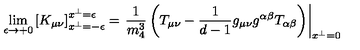
\lim _ { \epsilon \to + 0 } \left[ K _ { \mu \nu } \right] _ { x ^ { \perp } = - \epsilon } ^ { x ^ { \perp } = \epsilon } = \left. \frac { 1 } { m _ { 4 } ^ { 3 } } \left( T _ { \mu \nu } - \frac { 1 } { d - 1 } g _ { \mu \nu } g ^ { \alpha \beta } T _ { \alpha \beta } \right) \right| _ { x ^ { \perp } = 0 }